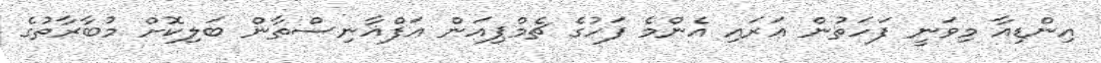
އިންޑިއާ މިވަނީ ފަހަތުން އަރައި އެންމެ ފަހުގެ ޗެމްޕިއަން އަފްޣާނިސްތާން ބަލިކޮށް މުބާރާތުގެ